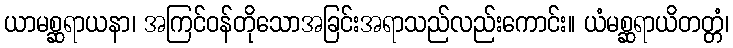
ယာမစ္ဆရာယနာ၊ အကြင်ဝန်တိုသောအခြင်းအရာသည်လည်းကောင်း။ ယံမစ္ဆရာယိတတ္တံ၊